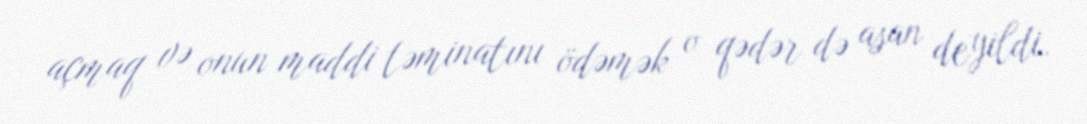
açmaq və onun maddi təminatını ödəmək o qədər də asan deyildi.